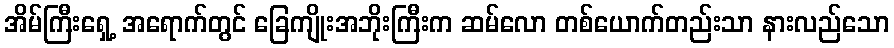
အိမ်ကြီးရှေ့ အရောက်တွင် ခြေကျိုးအဘိုးကြီးက ဆမ်လော တစ်ယောက်တည်းသာ နားလည်သော